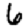
Digit: 6